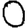
Digit: 0